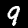
Digit: 9